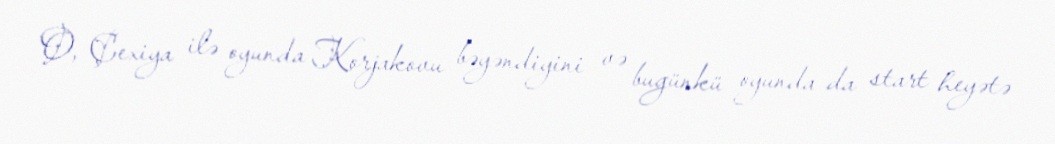
O, Çexiya ilə oyunda Korjakovu bəyəndiyini və bugünkü oyunda da start heyətə